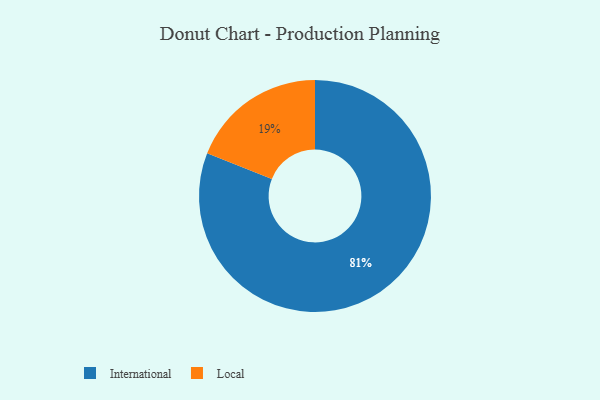
{"axis": {"x": "Category", "y": "Percentage"}, "legend": ["International", "Local"], "data": [{"x": "Local", "y": 19, "type": "Local"}, {"x": "International", "y": 81, "type": "International"}]}